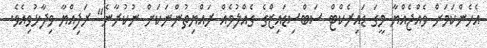
އެހެންކަމަށް ވެއްޖެއްޔާ މީގަ ޑައިރެކްޓް ސަބްސިޑައިޒްގެ ގެއްލުމެއް ރައްޔިތުންނަކަށް ނުކުރާނެ" ރަފިއްޔާ ވިދާޅުވިއެވެ.